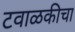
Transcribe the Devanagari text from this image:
टवाळकीचा